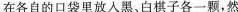
在各自的口袋里放入黑、白棋子各一颗，然